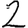
Digit: 2